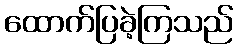
ထောက်ပြခဲ့ကြသည်